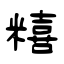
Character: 糦